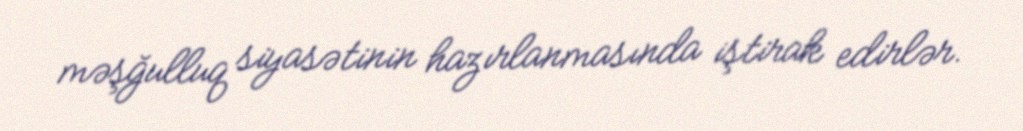
məşğulluq siyasətinin hazırlanmasında iştirak edirlər.